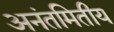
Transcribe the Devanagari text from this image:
अनंतमितीय